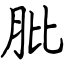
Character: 肶